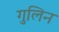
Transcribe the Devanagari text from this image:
गुलिन